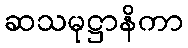
ဆသမုဋ္ဌာနိကာ